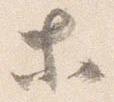
等